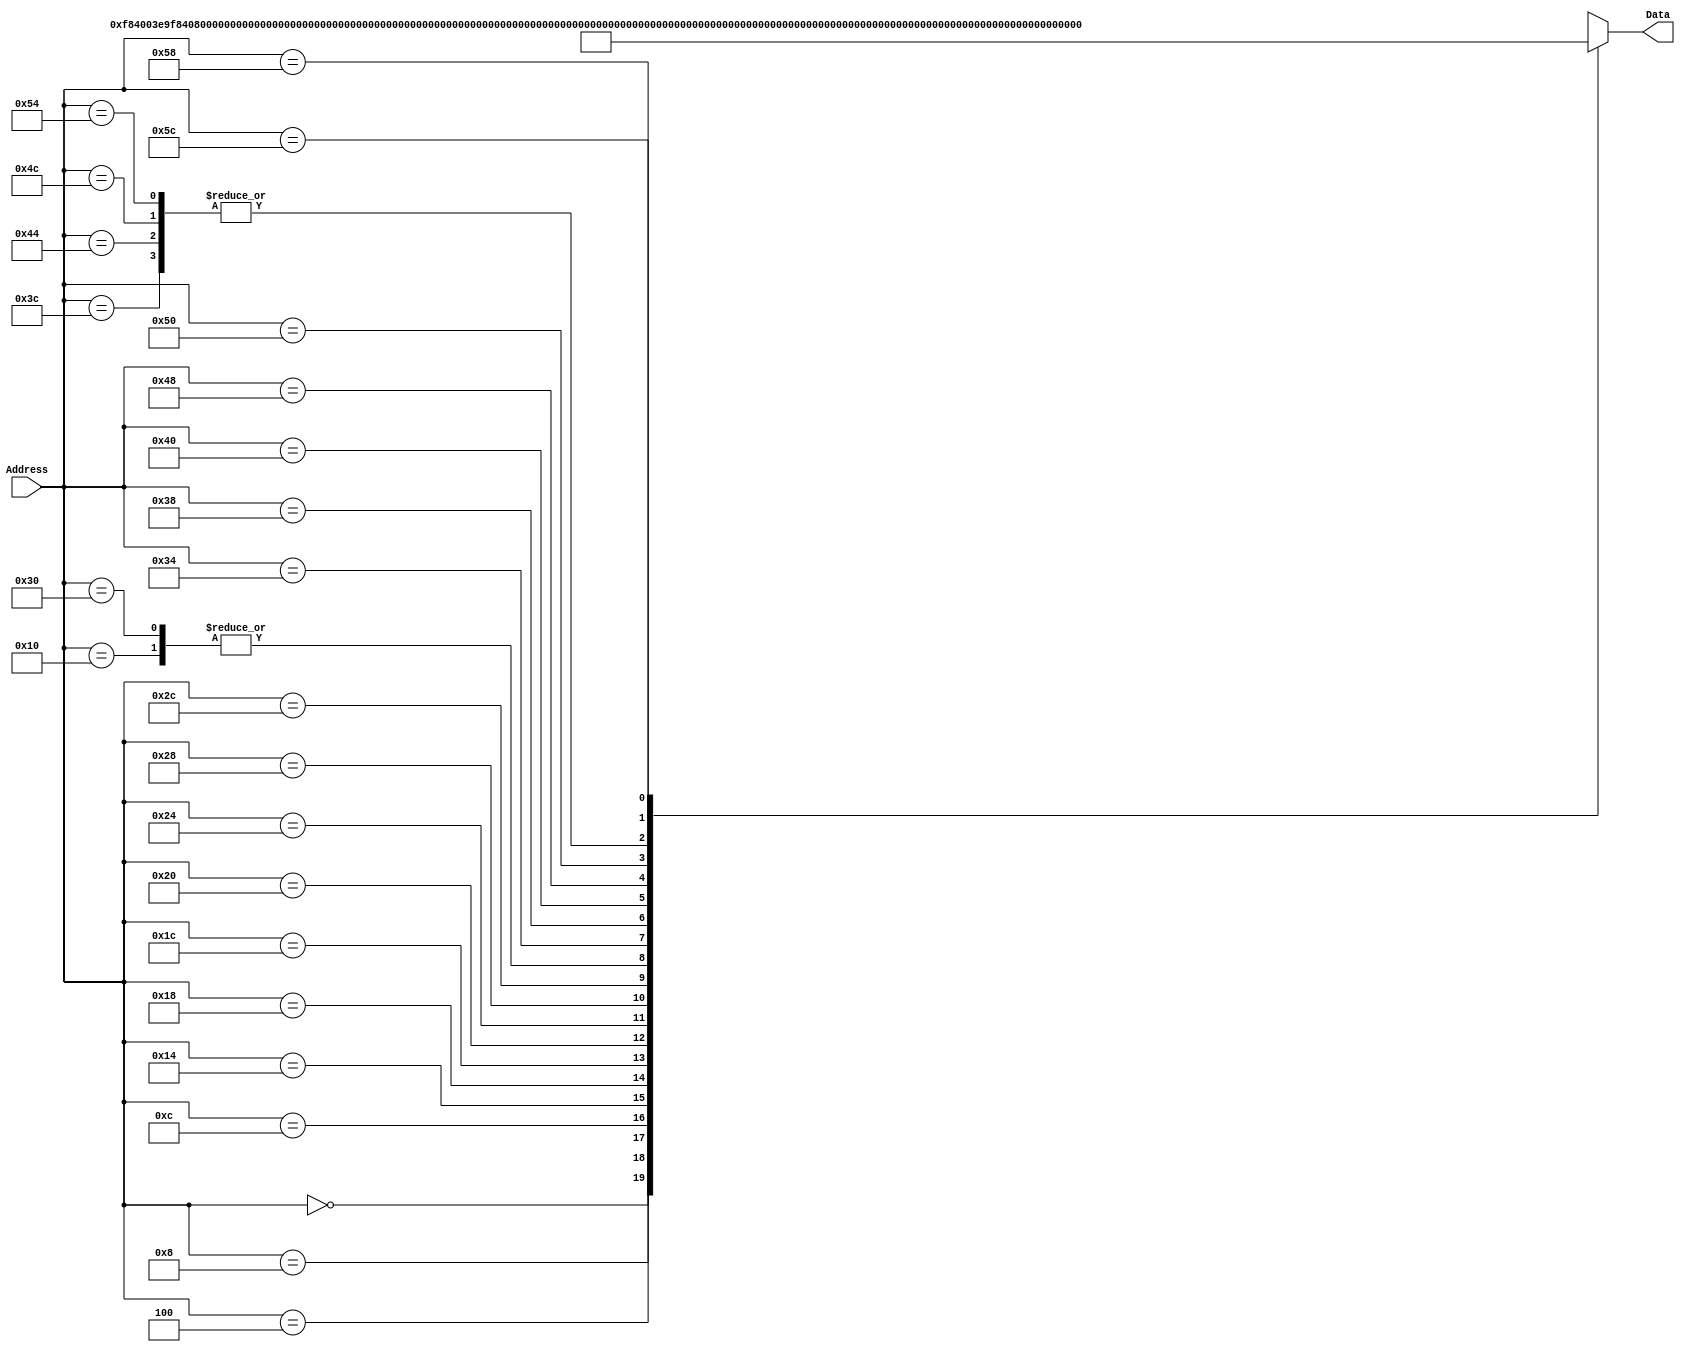
`timescale 1ns / 1ps
/*
 * Module: InstructionMemory
 *
 * Implements read-only instruction memory
 * 
 */
module InstructionMemory(Data, Address);
   parameter T_rd = 20;
   parameter MemSize = 40;
   
   output [31:0] Data;
   input [63:0]  Address;
   reg [31:0] 	 Data;
   
   /*
    * ECEN 350 Processor Test Functions
    * Texas A&M University
    */
   
   always @ (Address) begin

      case(Address)

	/* Test Program 1:
	 * Program loads constants from the data memory. Uses these constants to test
	 * the following instructions: LDUR, ORR, AND, CBZ, ADD, SUB, STUR and B.
	 * 
	 * Assembly code for test:
	 * 
	 * 0: LDUR X9, [XZR, 0x0]    //Load 1 into x9
	 * 4: LDUR X10, [XZR, 0x8]   //Load a into x10
	 * 8: LDUR X11, [XZR, 0x10]  //Load 5 into x11
	 * C: LDUR X12, [XZR, 0x18]  //Load big constant into x12
	 * 10: LDUR X13, [XZR, 0x20]  //load a 0 into X13
	 * 
	 * 14: ORR X10, X10, X11  //Create mask of 0xf
	 * 18: AND X12, X12, X10  //Mask off low order bits of big constant
	 * 
	 * loop:
	 * 1C: CBZ X12, end  //while X12 is not 0
	 * 20: ADD X13, X13, X9  //Increment counter in X13
	 * 24: SUB X12, X12, X9  //Decrement remainder of big constant in X12
	 * 28: B loop  //Repeat till X12 is 0
	 * 2C: STUR X13, [XZR, 0x20]  //store back the counter value into the memory location 0x20
	 */
	

	63'h000: Data = 32'hF84003E9; 
	63'h004: Data = 32'hF84083EA; 
	63'h008: Data = 32'hF84103EB; 
	63'h00c: Data = 32'hF84183EC; 
	63'h010: Data = 32'hF84203ED;
	63'h014: Data = 32'hAA0B014A;
	63'h018: Data = 32'h8A0A018C;
	63'h01c: Data = 32'hB400008C;
	63'h020: Data = 32'h8B0901AD;
	63'h024: Data = 32'hCB09018C;
	63'h028: Data = 32'h17FFFFFD;
	63'h02c: Data = 32'hF80203ED;
	63'h030: Data = 32'hF84203ED;  //One last load to place stored value on memdbus for test checking.
 
	/* Add code for your tests here */

	/* Test Program 2:
	 * Assembly code for test:
	 * 
	 * 0: LDUR X9, [XZR, 0x0]    // Load 0 into x9
	 * 4: MOVZ X10, #0xDEF0, lsl #0  // Register X10 is temp regA
	 * 8: ADD X9, X10, X9
	 * C: MOVZ X10, #0x9ABC, lsl #16
	 * 10: ADD X9, X10, X9
	 * 14: MOVZ X10, #0x5678, lsl #32
	 * 18: ADD X9, X10, X9
	 * 1C: MOVZ X10, #0x1234, lsl #48
	 * 20: ADD X9, X10, X9
	 * 24: STUR X9, [XZR, 0x28]
	 * 28: LDUR X10, [XZR, 0x28]
	 */
	
	63'h034: Data = 32'hCB090129;
	63'h038: Data = {11'b11010010100, 16'hDEF0, 5'd10};
	63'h03c: Data = 32'h8B090149;
	63'h040: Data = {11'b11010010101, 16'h9ABC, 5'd10};
	63'h044: Data = 32'h8B090149;
	63'h048: Data = {11'b11010010110, 16'h5678, 5'd10};
	63'h04c: Data = 32'h8B090149;
	63'h050: Data = {11'b11010010111, 16'h1234, 5'd10};
	63'h054: Data = 32'h8B090149;
	63'h058: Data = {11'b11111000000, 9'h28, 2'b00, 5'd31, 5'd9}; //{11'b, 9'h28, 2'b00, 5'd31, 5'd9}
	63'h05c: Data = {11'b11111000010, 9'h28, 2'b00, 5'd31, 5'd10};

	
	default: Data = 32'hXXXXXXXX;
      endcase
   end
endmodule